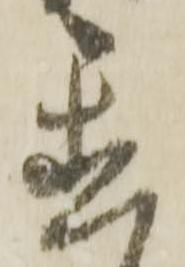
置